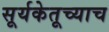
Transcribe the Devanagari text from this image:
सूर्यकेतूच्याच